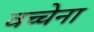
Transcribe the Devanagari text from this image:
वच्चेना